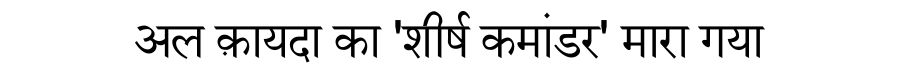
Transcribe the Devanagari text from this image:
अल क़ायदा का 'शीर्ष कमांडर' मारा गया